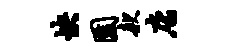
怏园款店